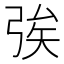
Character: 𢏦